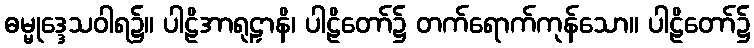
ဓမ္မုဒ္ဒေသဝါရ၌။ ပါဠိအာရုဠှာနိ၊ ပါဠိတော်၌ တက်ရောက်ကုန်သော။ ပါဠိတော်၌